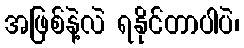
အဖြစ်နဲ့လဲ ရနိုင်တာပါပဲ၊